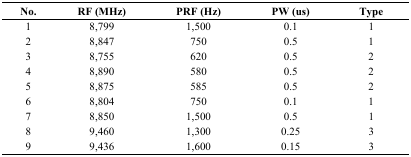
<table><thead><tr><td><b>No.</b></td><td><b>RF (MHz)</b></td><td><b>PRF (Hz)</b></td><td><b>PW (us)</b></td><td><b>Type</b></td></tr></thead><tbody><tr><td>1</td><td>8,799</td><td>1,500</td><td>0.1</td><td>1</td></tr><tr><td>2</td><td>8,847</td><td>750</td><td>0.5</td><td>1</td></tr><tr><td>3</td><td>8,755</td><td>620</td><td>0.5</td><td>2</td></tr><tr><td>4</td><td>8,890</td><td>580</td><td>0.5</td><td>2</td></tr><tr><td>5</td><td>8,875</td><td>585</td><td>0.5</td><td>2</td></tr><tr><td>6</td><td>8,804</td><td>750</td><td>0.1</td><td>1</td></tr><tr><td>7</td><td>8,850</td><td>1,500</td><td>0.5</td><td>1</td></tr><tr><td>8</td><td>9,460</td><td>1,300</td><td>0.25</td><td>3</td></tr><tr><td>9</td><td>9,436</td><td>1,600</td><td>0.15</td><td>3</td></tr></tbody></table>